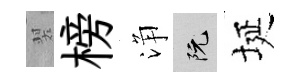
翠榜浄阮埏